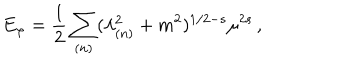
E _ { \varphi } = { \frac { 1 } { 2 } } \sum _ { ( n ) } ( \lambda _ { ( n ) } ^ { 2 } + m ^ { 2 } ) ^ { 1 / 2 - s } \mu ^ { 2 s } \, ,